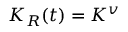
K _ { R } ( t ) = K ^ { v }